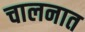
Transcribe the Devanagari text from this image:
चालनात